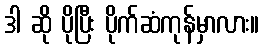
ဒါ ဆို ပိုပြီး ပိုက်ဆံကုန်မှာလား။